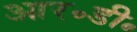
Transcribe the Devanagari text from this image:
आर॰डी॰